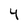
Character: 4